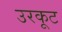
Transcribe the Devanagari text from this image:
उरकूट